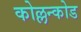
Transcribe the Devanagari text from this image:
कोल्लन्कोड